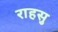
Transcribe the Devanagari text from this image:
राहसु